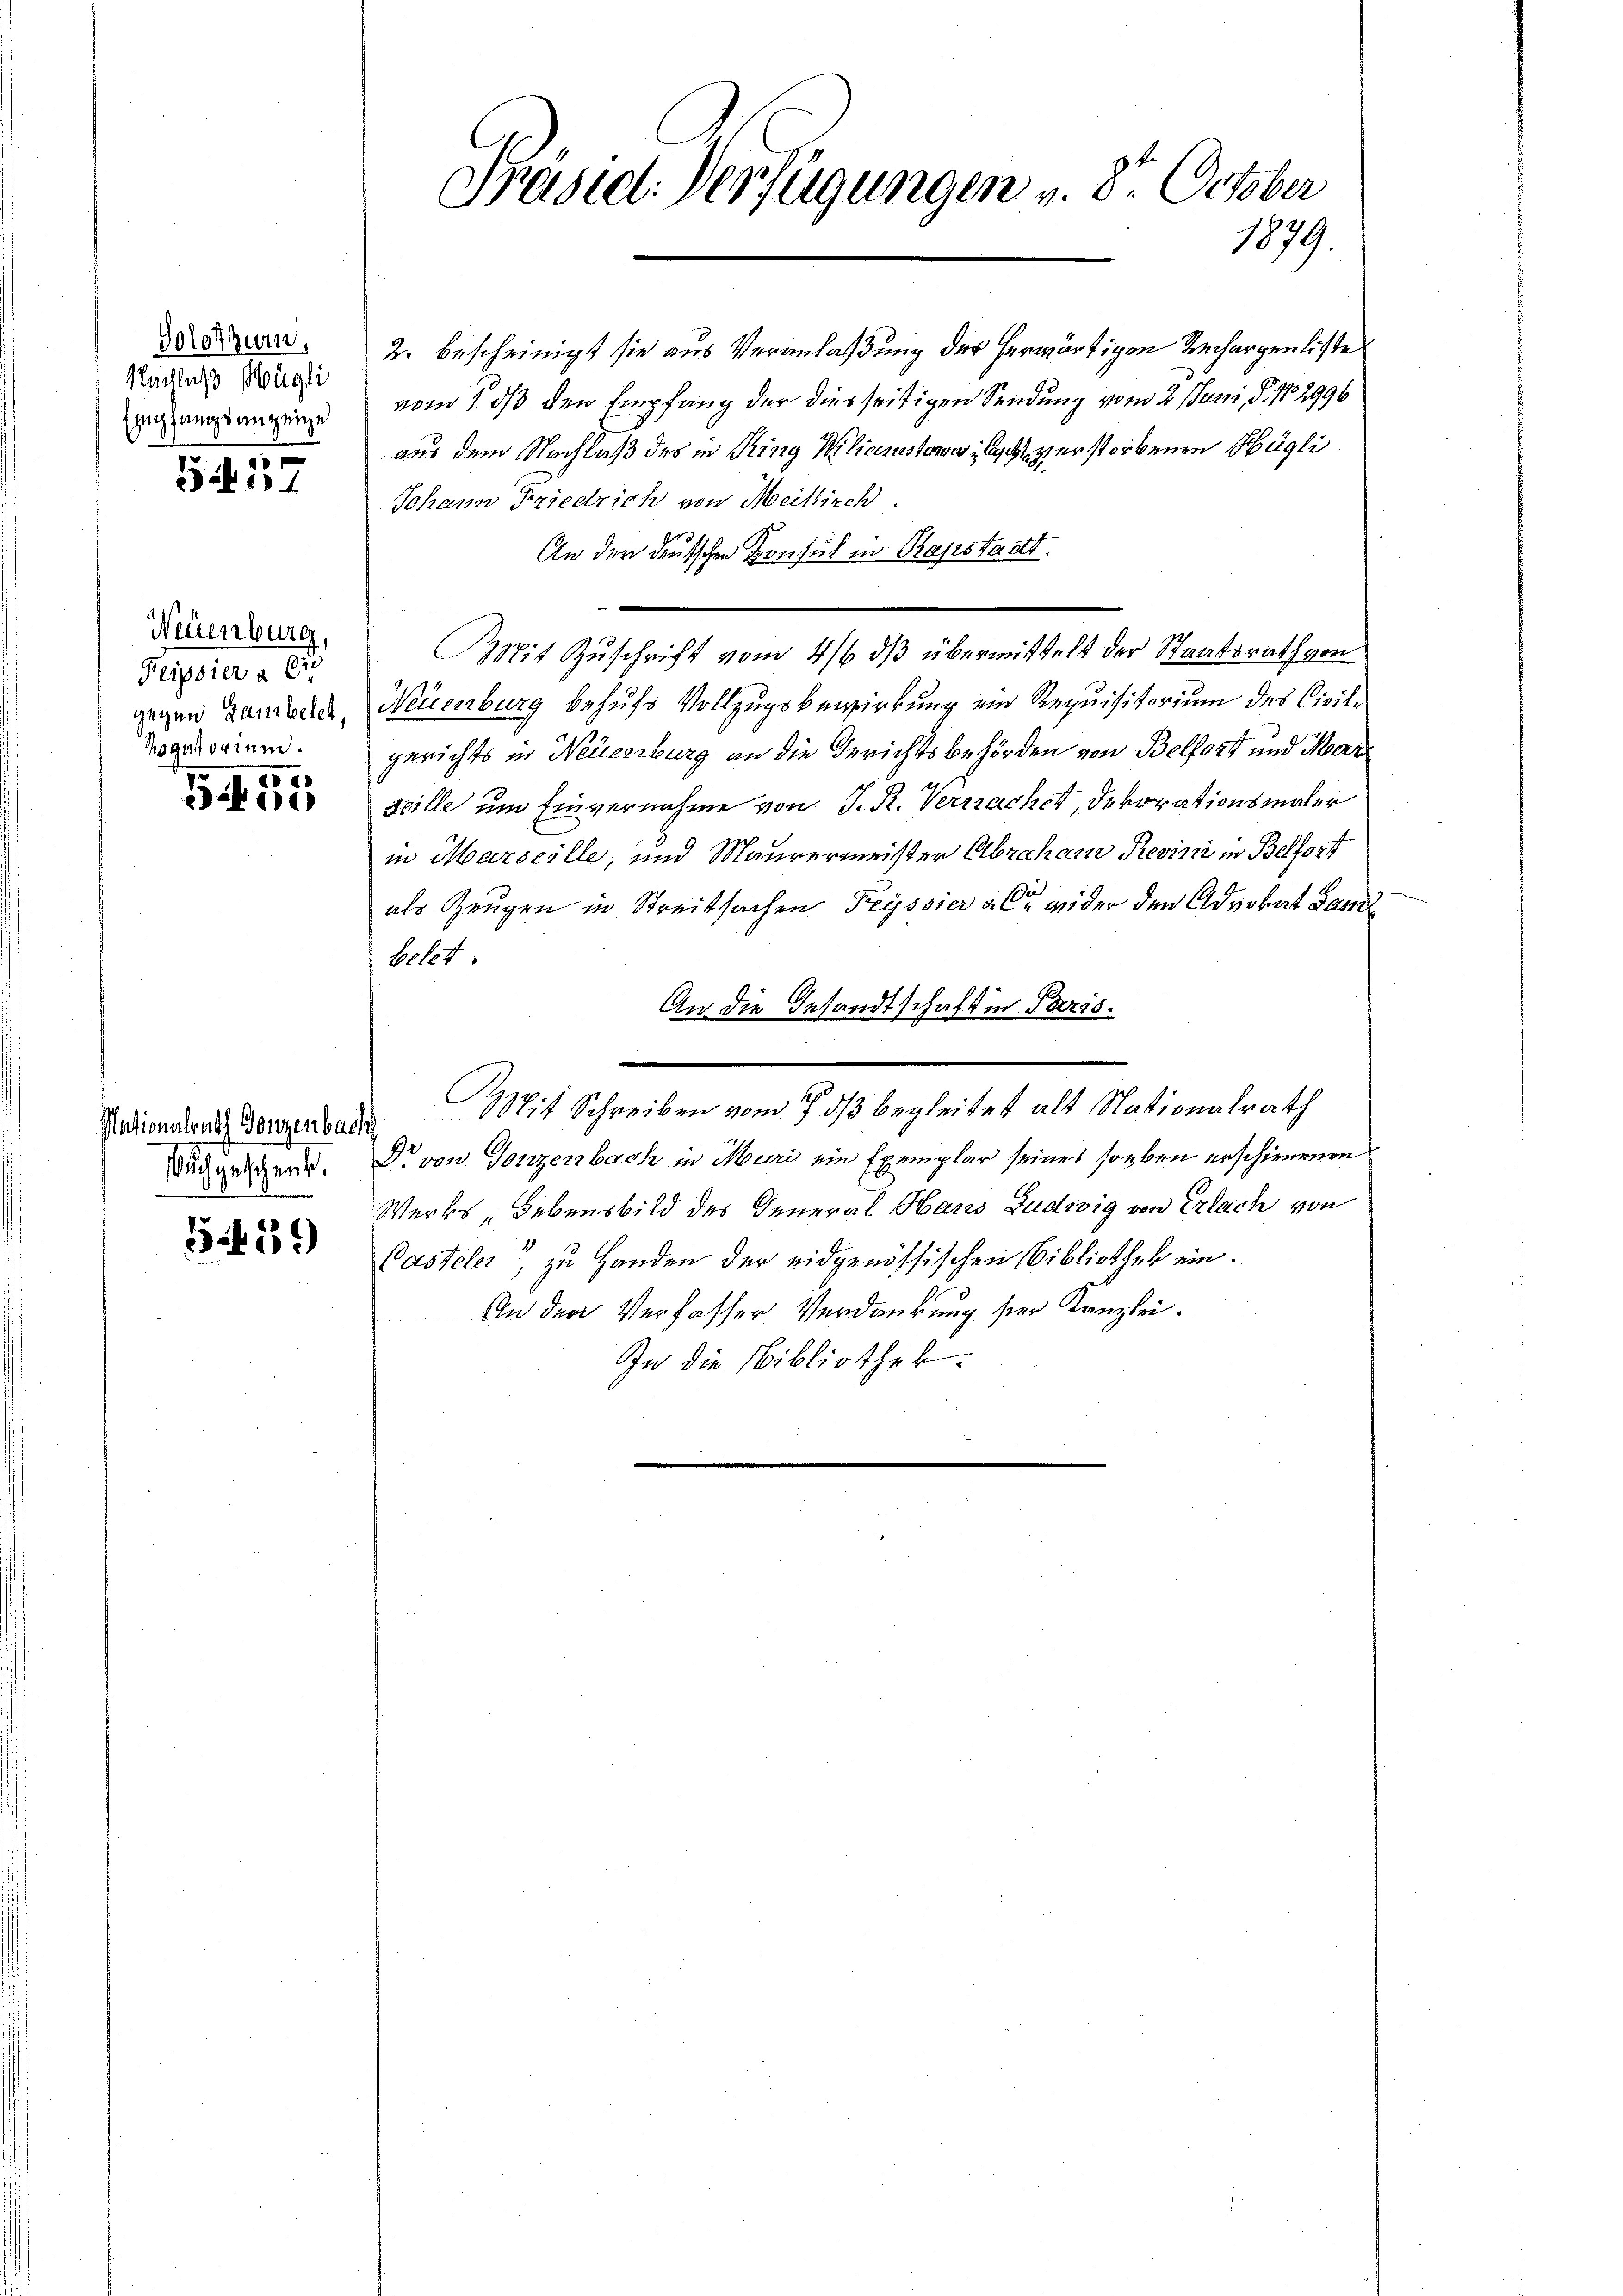
Solothurn,
Nachlaß Hügli
Empfangsanzeige

5437

Neuenburg,
Feipsier a lie
gegen Hambetet,
Rogatorium.

3 f 55

2. bescheinigt sie aus Veranlaßung der herwärtigen Rechargenliste
vom 1. ds den Empfang der diesseitigen Sendung vom 2. Juni, S. 182996
aus dem Nachlaß des in Ring Wilianisternicht verstorbenen Hügli
Johann Friedrich von Meistisch.
An der deutschen Consul in Rafstadt.
Mit Zuschrift vom 4/6 dβ übermittelt der Staatsrath von
Neuenburg behufs Vollzugsbewirkung ein Requisitorium des Civilgerichts in Neueerburg an die Gerichtsbehörden von Belfort und Mar
seille um Einvernahme von J. R. Verwacher, Dekorationsmaler
in Marscille, und Maurermeister Abraham Revini in Belfort
als Zeugen in Streitsachen Feyssier aber wider den Advokat Paul
betet.
An die Gesandtschaft in Paris.
Mit Schreiben vom 7. ds begleitet alt Nationalrath
Dr von Gonzenbach in Muri ein Exemplar seines soeben erschienenen
Werks - Lebensbild des General Haus Ludwig von Erlach von
Casteles, zu Handen der eidgenössischen Bibliothek ein.
An der Verfasser Verdankung der Kanzlei.
In die Bibliothek.

Nationalrath Gonzenbach
Auch geschenk.

5459)

Präsid. Verfügungen v. 8. October
1879.